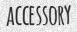
ACCESSORY